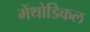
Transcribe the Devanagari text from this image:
मेंथोडिकल